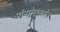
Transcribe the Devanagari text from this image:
गंगोदकांत